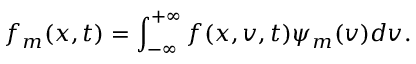
f _ { m } ( x , t ) = \int _ { - \infty } ^ { + \infty } f ( x , v , t ) \psi _ { m } ( v ) d v .